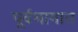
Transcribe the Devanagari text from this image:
पूर्वभागात